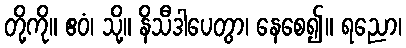
တို့ကို။ ဧဝံ၊ သို့။ နိသီဒါပေတွာ၊ နေစေ၍။ ရညော၊